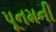
પૂનમની